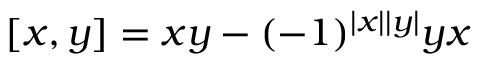
[ x , y ] = x y - ( - 1 ) ^ { | x | | y | } y x